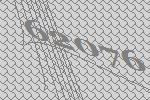
62076